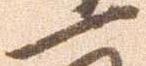
一